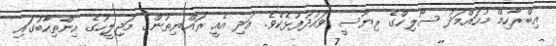
އިބްރާހިމް މުހައްމަދު ސޯލިހްގެ ރިޔާސީ ވައުދުފުޅެކެވެ. އަދި އެއީ ރައްޔިތުންގެ މަޖިލީހުގެ އިންތިހާބުގައި